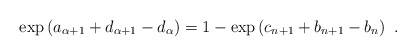
\begin{align*}\exp \left( a_{\alpha+1} + d_{\alpha+1} - d_\alpha \right) = 1 - \exp \left( c_{n+1} + b_{n+1} - b_n \right) \ .\end{align*}